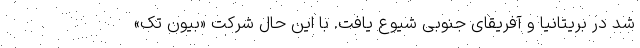
شد در بریتانیا و آفریقای جنوبی شیوع یافت. با این حال شرکت «بیون تک»